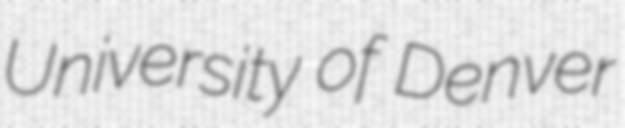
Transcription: University of Denver